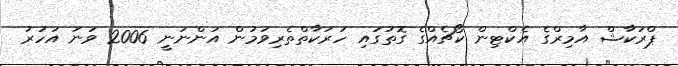
ޕްރަކާޝް އާމިރްގެ އެކްޓިން ކޯޗެއްގެ ގޮތުގައި ހަރަކާތްތެރިވަމުން އަންނަނީ 2006 ވަނަ އަހަރު